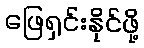
ဖြေရှင်းနိုင်ဖို့